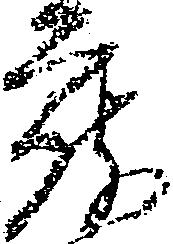
蔵